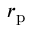
r _ { \mathrm { p } }